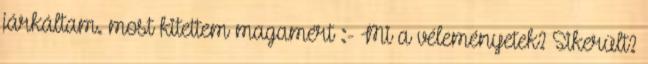
járkáltam. most kitettem magamért :- Mi a véleményetek? Sikerült?